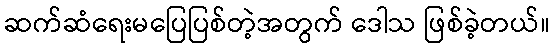
ဆက်ဆံရေးမပြေပြစ်တဲ့အတွက် ဒေါသ ဖြစ်ခဲ့တယ်။